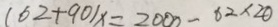
( 6 2 + 9 0 ) x = 2 0 0 0 - 6 2 \times 2 0